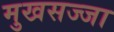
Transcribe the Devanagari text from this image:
मुखसज्जा